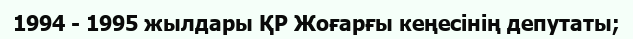
1994 - 1995 жылдары ҚР Жоғарғы кеңесінің депутаты;